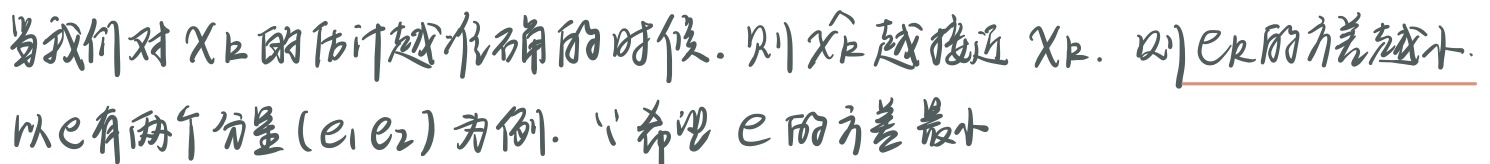
当我们对\(x_{k}\)的估计越准确的时候，则\(\hat{x_{k}}\)越接近\(x_{k}\)，则\(e_{k}\)的方差越小.
以\(e\)有两个分量\((e_1,e_2)\)为例. \(\because\)希望 \(e\) 的方差最小